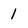
Character: 1